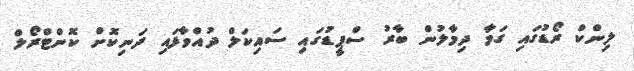
ލިންކް ރޯޑުގައި ގަމާ ދިމާލުން ބާރު ސްޕީޑުގައި ސައިކަލް ދުއްވާފައި ދަނިކޮށް ކޮންޓްރޯލް